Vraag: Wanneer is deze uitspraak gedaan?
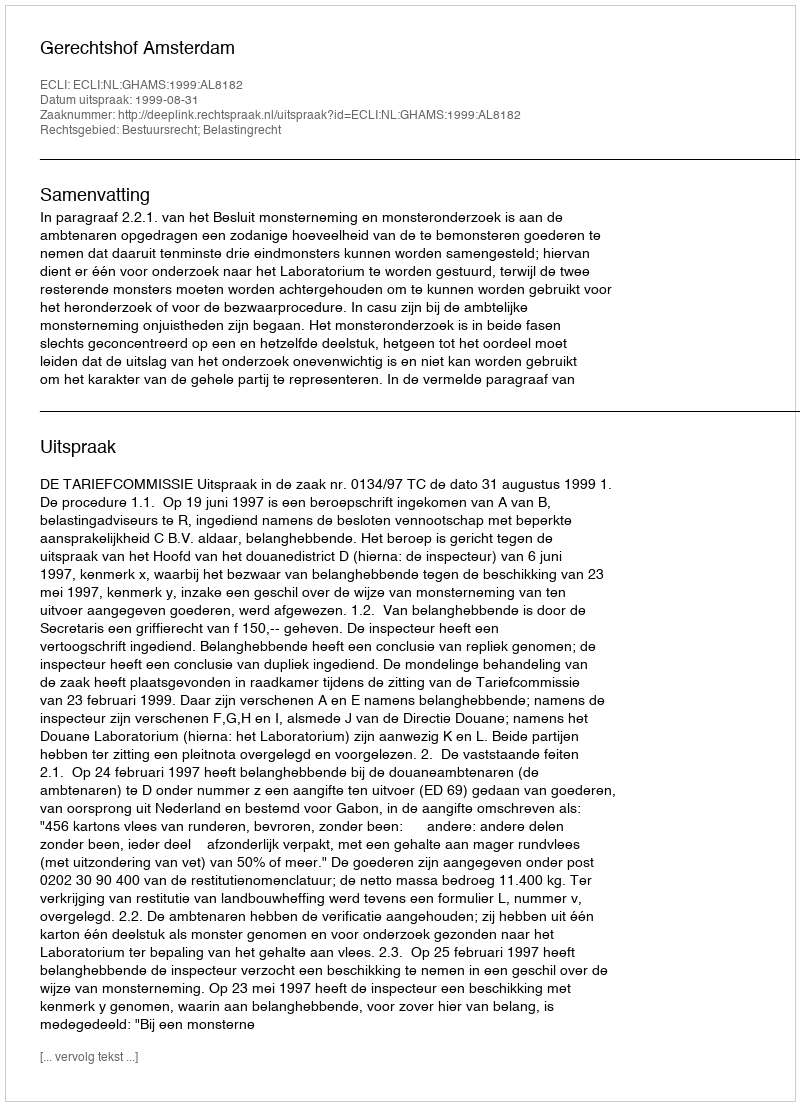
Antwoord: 1999-08-31